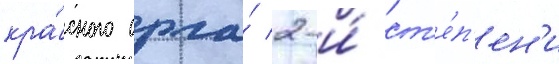
кра́сного орла́ 2-и́ ст'е́п'ен'и